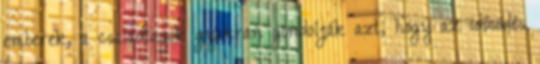
emberek, a családtagok gyakran gondolják azt, hogy az idősödés